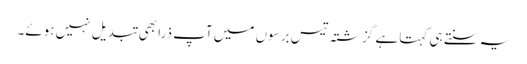
یہ سنتے ہی کہتا ہے گزشتہ تیس برسوں میں آپ ذرا بھی تبدیل نہیں ہوئے۔